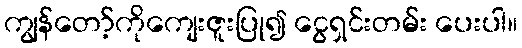
ကျွန်တော့်ကိုကျေးဇူးပြု၍ ငွေရှင်းတမ်း ပေးပါ။